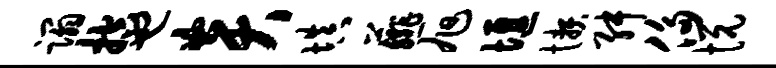
蹋控也炎填薤旭堰懒舛侈悦